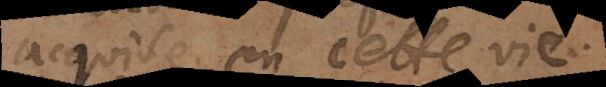
acquise en cette vie.